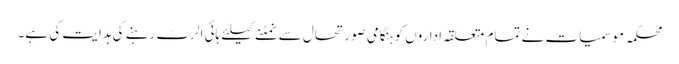
محکمہ موسمیات نے تمام متعلقہ اداروں کو ہنگامی صورتحال سے نمٹنے کیلئے ہائی الرٹ رہنے کی ہدایت کی ہے۔